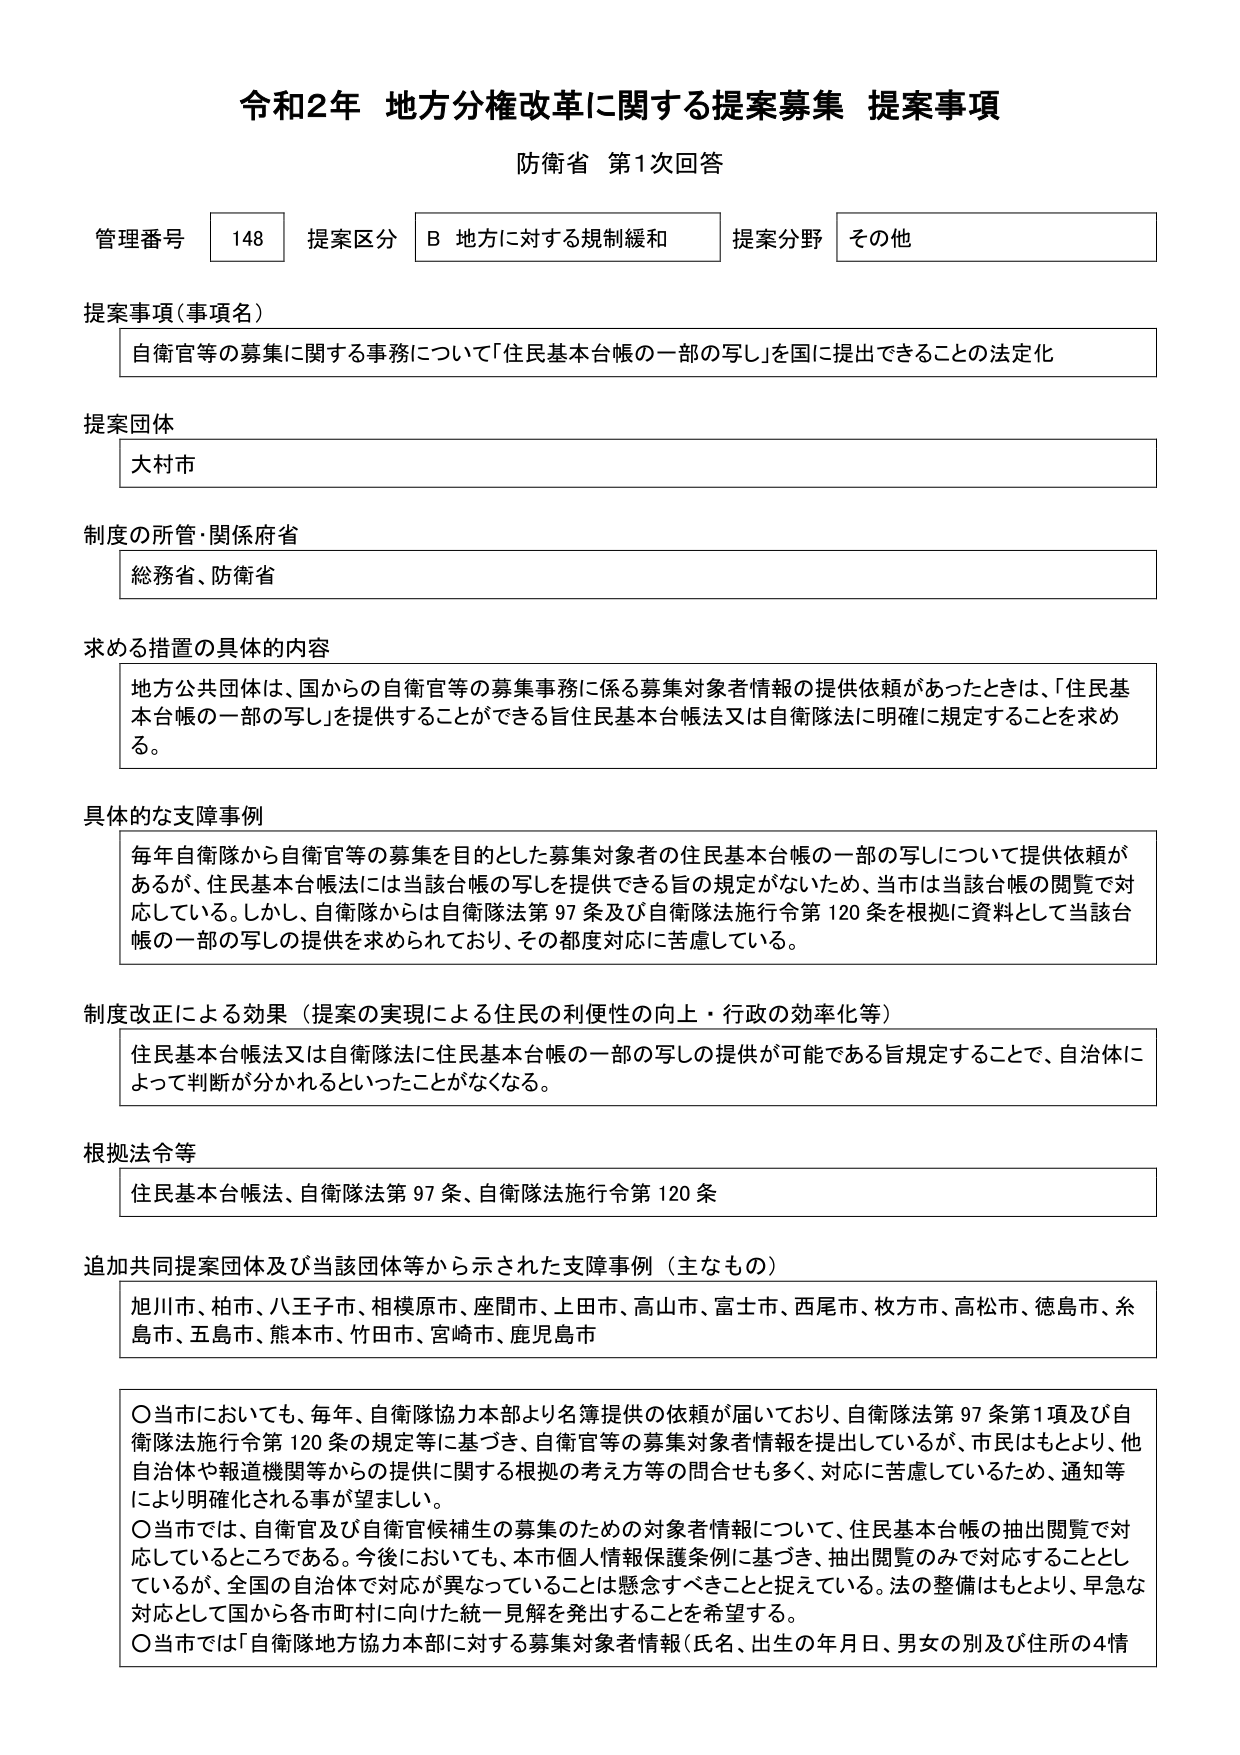
令和2年 地方分権改革に関する提案募集 提案事項
防衛省 第1次回答

管理番号 148 提案区分 B 地方に対する規制緩和 提案分野 その他

提案事項（事項名）
自衛官等の募集に関する事務について「住民基本台帳の一部の写し」を国に提出できることの法定化

提案団体
大村市

制度の所管・関係府省
総務省、防衛省

求める措置の具体的内容
地方公共団体は、国からの自衛官等の募集事務に係る募集対象者情報の提供依頼があったときは、「住民基本台帳の一部の写し」を提供することができる旨住民基本台帳法又は自衛隊法に明確に規定することを求める。

具体的な支障事例
毎年自衛隊から自衛官等の募集を目的とした募集対象者の住民基本台帳の一部の写しについて提供依頼があるが、住民基本台帳法には当該台帳の写しを提供できる旨の規定がないため、当市は当該台帳の閲覧で対応している。しかし、自衛隊からは自衛隊法第97条及び自衛隊法施行令第120条を根拠に資料として当該台帳の一部の写しの提供を求められており、その都度対応に苦慮している。

制度改正による効果（提案の実現による住民の利便性の向上・行政の効率化等）
住民基本台帳法又は自衛隊法に住民基本台帳の一部の写しの提供が可能である旨規定することで、自治体によって判断が分かれるといったことがなくなる。

根拠法令等
住民基本台帳法、自衛隊法第97条、自衛隊法施行令第120条

追加共同提案団体及び当該団体等から示された支障事例（主なもの）
旭川市、柏市、八王子市、相模原市、座間市、上田市、高山市、富士市、西尾市、枚方市、高松市、徳島市、糸島市、五島市、熊本市、竹田市、宮崎市、鹿児島市

〇当市においても、毎年、自衛隊協力本部より名簿提供の依頼が届いており、自衛隊法第97条第1項及び自衛隊法施行令第120条の規定等に基づき、自衛官等の募集対象者情報を提出しているが、市民はもとより、他自治体や報道機関等からの提供に関する根拠の考え方等の問合せも多く、対応に苦慮しているため、通知等により明確化される事が望ましい。
〇当市では、自衛官及び自衛官候補生の募集のための対象者情報について、住民基本台帳の抽出閲覧で対応しているところである。今後においても、本市個人情報保護条例に基づき、抽出閲覧のみで対応することとしているが、全国の自治体で対応が異なっていることは懸念すべきことと捉えている。法の整備はもとより、早急な対応として国から各市町村に向けた統一見解を発出することを希望する。
〇当市では「自衛隊地方協力本部に対する募集対象者情報（氏名、出生の年月日、男女の別及び住所の4情